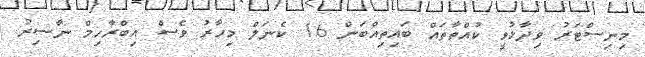
މިނިސްޓަރު ވިދާޅުވީ ކުއްތާތައް ބައިތިއްބަން 16 ކެނަލް މިހާރު ވެސް އިބްރާހިމް ނާސިރު